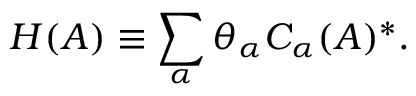
H ( A ) \equiv \sum _ { \alpha } \theta _ { \alpha } C _ { \alpha } ( A ) ^ { * } .